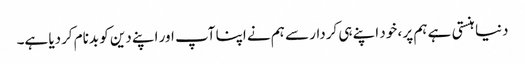
دنیا ہنستی ہے ہم پر ، خود اپنے ہی کردار سے ہم نے اپنا آپ اور اپنے دین کو بدنام کردیا ہے۔